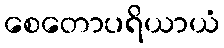
စေတောပရိယာယံ